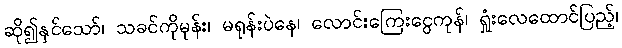
ဆို၍နှင်သော်၊ သခင်ကိုမုန်း၊ မရုန်းပဲနေ၊ လောင်းကြေးငွေကုန်၊ ရှုံးလေထောင်ပြည့်၊